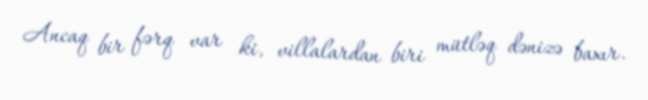
Ancaq bir fərq var ki, villalardan biri mütləq dənizə baxır.